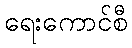
ရေးကောင်စီ